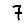
Digit: 7